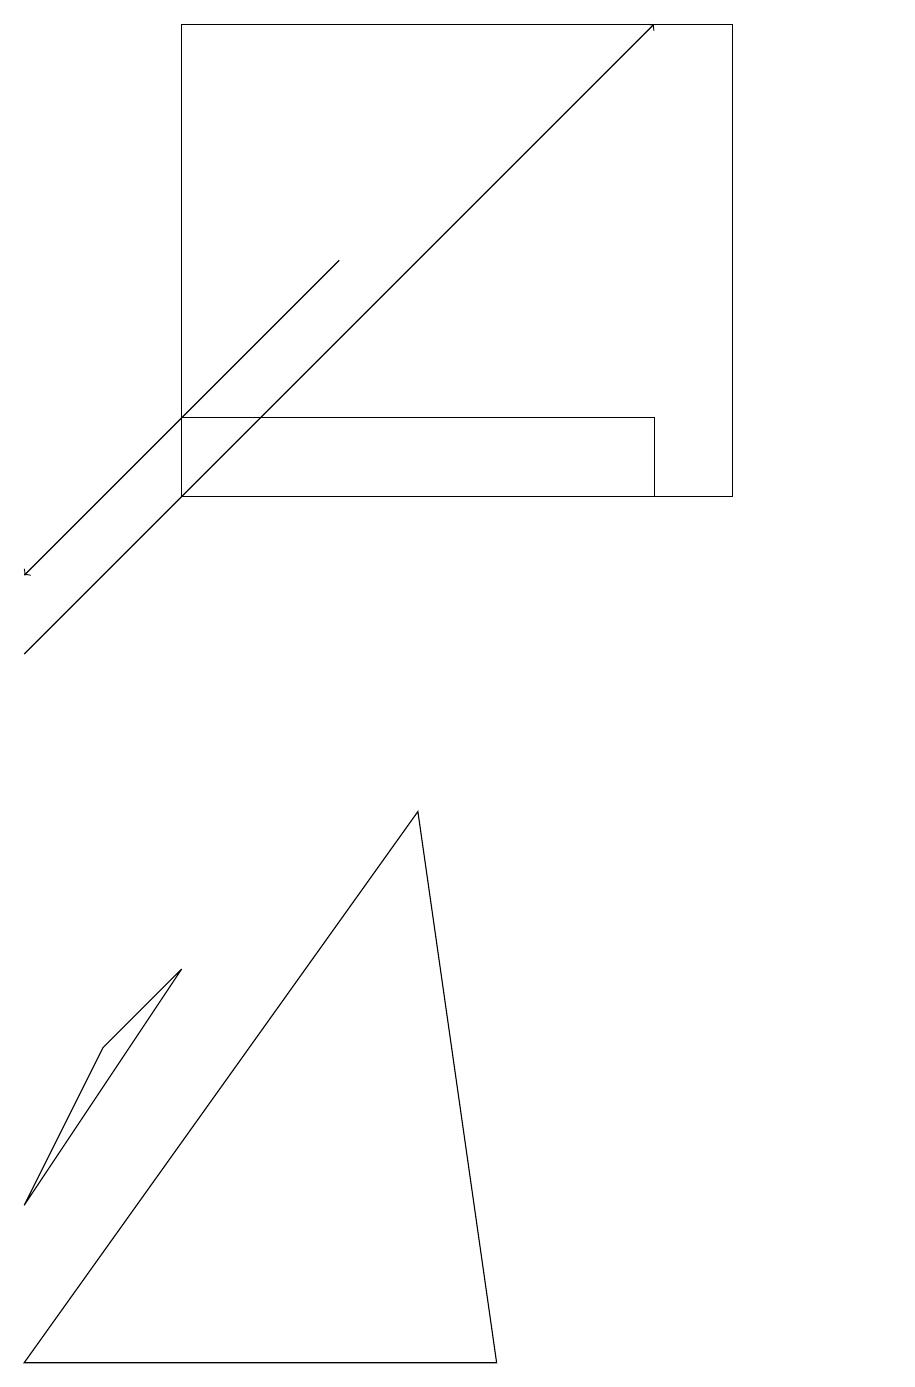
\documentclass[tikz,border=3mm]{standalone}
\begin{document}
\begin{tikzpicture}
\draw (5,8) -- (6,1) -- (0,1) -- cycle;
\draw (2,6) -- (0,3) -- (1,5) -- cycle;
\draw[->] (0,10) -- (8,18);
\draw[->] (4,15) -- (0,11);
\draw (11,10) circle (0);
\draw (2,13) rectangle (8,12);
\draw (9,12) rectangle (2,18);
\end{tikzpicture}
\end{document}